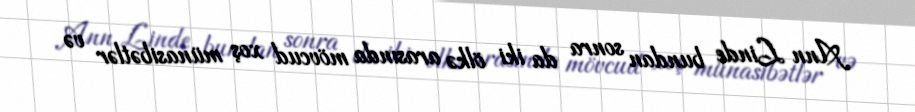
Ann Linde bundan sonra da iki ölkə arasında mövcud xoş münasibətlər və